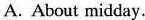
A. About midday.